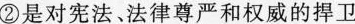
②是对宪法。法律尊严和权威的捍卫